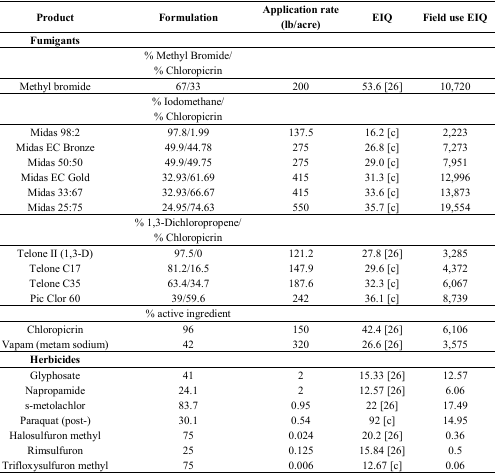
| Product | Formulation | Application rate (lb/acre) | EIQ | Field use EIQ |
 | --- | --- | --- | --- | --- |
 | Fumigants |  |  |  |  |
 |  | % Methyl Bromide/% Chloropicrin |  |  |  |
 | Methyl bromide | 67/33 | 200 | 53.6 [26] | 10,720 |
 |  | % Iodomethane/% Chloropicrin |  |  |  |
 | Midas 98:2 | 97.8/1.99 | 137.5 | 16.2 [c] | 2,223 |
 | Midas EC Bronze | 49.9/44.78 | 275 | 26.8 [c] | 7,273 |
 | Midas 50:50 | 49.9/49.75 | 275 | 29.0 [c] | 7,951 |
 | Midas EC Gold | 32.93/61.69 | 415 | 31.3 [c] | 12,996 |
 | Midas 33:67 | 32.93/66.67 | 415 | 33.6 [c] | 13,873 |
 | Midas 25:75 | 24.95/74.63 | 550 | 35.7 [c] | 19,554 |
 |  | % 1,3-Dichloropropene/% Chloropicrin |  |  |  |
 | Telone II (1,3-D) | 97.5/0 | 121.2 | 27.8 [26] | 3,285 |
 | Telone C17 | 81.2/16.5 | 147.9 | 29.6 [c] | 4,372 |
 | Telone C35 | 63.4/34.7 | 187.6 | 32.3 [c] | 6,067 |
 | Pic Clor 60 | 39/59.6 | 242 | 36.1 [c] | 8,739 |
 |  | % active ingredient |  |  |  |
 | Chloropicrin | 96 | 150 | 42.4 [26] | 6,106 |
 | Vapam (metam sodium) | 42 | 320 | 26.6 [26] | 3,575 |
 | Herbicides |  |  |  |  |
 | Glyphosate | 41 | 2 | 15.33 [26] | 12.57 |
 | Napropamide | 24.1 | 2 | 12.57 [26] | 6.06 |
 | s-metolachlor | 83.7 | 0.95 | 22 [26] | 17.49 |
 | Paraquat (post-) | 30.1 | 0.54 | 92 [c] | 14.95 |
 | Halosulfuron methyl | 75 | 0.024 | 20.2 [26] | 0.36 |
 | Rimsulfuron | 25 | 0.125 | 15.84 [26] | 0.5 |
 | Trifloxysulfuron methyl | 75 | 0.006 | 12.67 [c] | 0.06 |